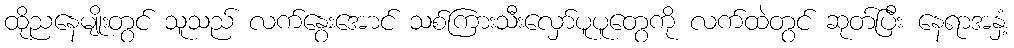
ထိုညနေမျိုးတွင် သူသည် လက်နွေးအောင် သစ်ကြားသီးလှော်ပူပူတွေကို လက်ထဲတွင် ဆုတ်ပြီး နေရာအနှံ့